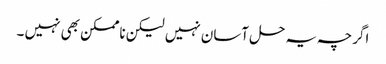
اگرچہ یہ حل آسان نہیں لیکن ناممکن بھی نہیں ۔